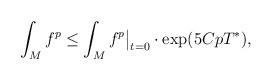
LaTeX: \begin{align*}\int_M f^p \leq {\int_M f^p } \big|_{t=0} \cdot \exp (5CpT^*),\end{align*}